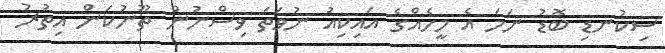
ސިކުނޑި ބޮޑު ނަމަ އެ މީހެއްގެ އައިކިއު ނުވަތަ ވިސްނުން ތޫނުކަން އިތުރު